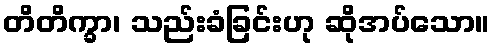
တိတိက္ခာ၊ သည်းခံခြင်းဟု ဆိုအပ်သော။